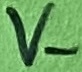
Text: V-